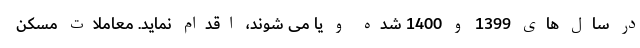
در سال های 1399 و 1400 شده و یا می شوند، اقدام نماید. معاملات مسکن